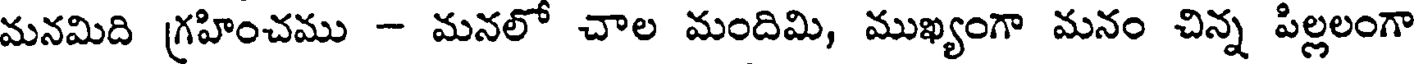
మనమిది గ్రహించము - మనలో చాల మందిమి, ముఖ్యంగా మనం చిన్న పిల్లలంగా